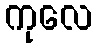
ကုလေ